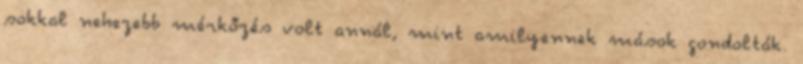
sokkal nehezebb mérkőzés volt annál, mint amilyennek mások gondolták.